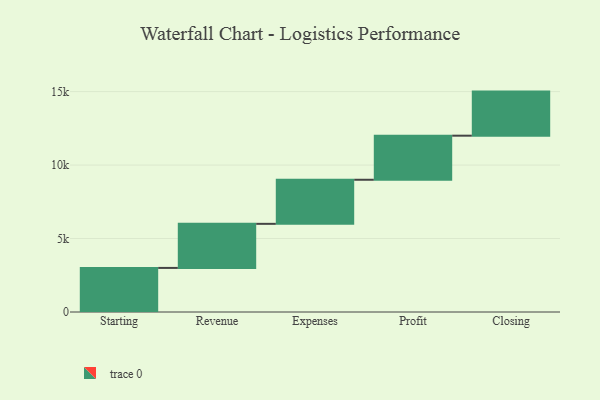
{"axis": {"x": "Step", "y": "Value"}, "legend": [""], "data": [{"x": "Starting", "y": 3000, "type": ""}, {"x": "Revenue", "y": 3000, "type": ""}, {"x": "Expenses", "y": 3000, "type": ""}, {"x": "Profit", "y": 3000, "type": ""}, {"x": "Closing", "y": 3000, "type": ""}]}